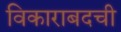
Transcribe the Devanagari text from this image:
विकाराबदची